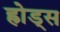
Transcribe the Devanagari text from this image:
ह्रोड्स